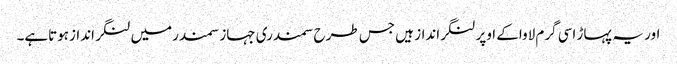
اور یہ پہاڑ اسی گرم لاواکے اوپر لنگرانداز ہیں جس طرح سمندری جہازسمندرمیں لنگر اندازہوتاہے۔